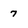
Character: 7